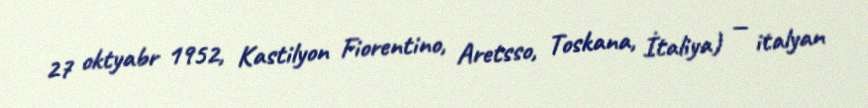
27 oktyabr 1952, Kastilyon Fiorentino, Aretsso, Toskana, İtaliya) — italyan